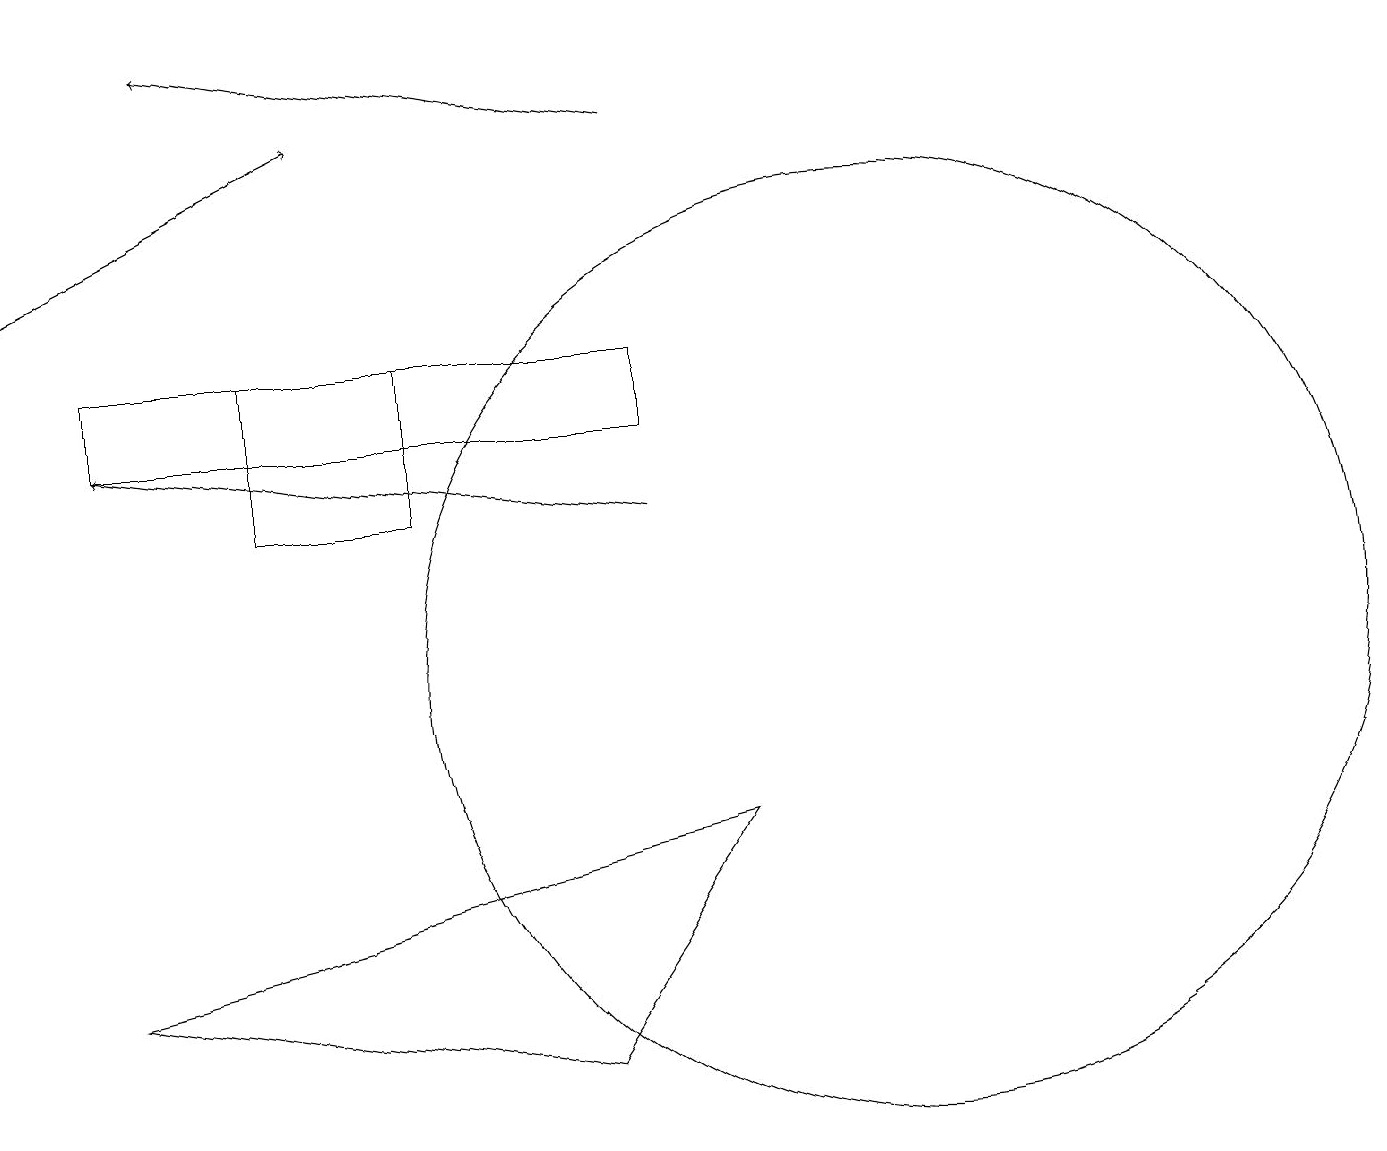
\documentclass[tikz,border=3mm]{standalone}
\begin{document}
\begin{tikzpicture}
\draw[->] (0,16) -- (4,18);
\draw[->] (8,13) -- (1,14);
\draw (8,15) rectangle (1,14);
\draw (9,9) -- (1,7) -- (7,6) -- cycle;
\draw[->] (8,18) -- (2,19);
\draw (3,15) rectangle (5,13);
\draw (11,11) circle (6);
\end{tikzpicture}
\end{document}